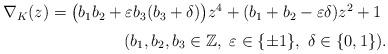
LaTeX: \begin{align*}\begin{array}{r}\nabla_{K}(z)=\bigl(b_{1}b_{2}+\varepsilon b_{3}(b_{3}+\delta)\bigr)z^{4}+(b_{1}+b_{2}-\varepsilon\delta)z^{2}+1~\medskip\\(b_{1}, b_{2}, b_{3}\in \mathbb{Z},\ \varepsilon\in\{\pm 1\},\ \delta\in\{0,1\}).\end{array}\end{align*}